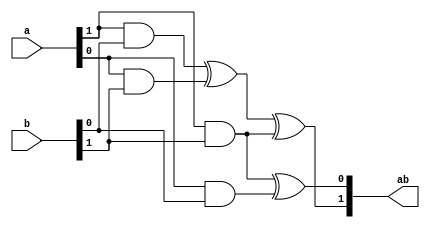
////////////////////////////////////////////////////////////////////////////////////////////////
//  This source is dedicated to the research paper enttled                                    //
//  "An 8-bit Serialized Architecture of SEED Block Cipher for Constrained Devices"           //
//  on IET Circuits, Devices & Systems journal                                                //
//  Institute: University of the Peloponnese                                                  //
//  Department: Electrical and Computer Engineering                                           //
//                                                                                            //
//  This source is distributed in the hope that it will be useful, but WITHOUT ANY WARRANTY.  //
////////////////////////////////////////////////////////////////////////////////////////////////

module GF2(
input [1:0] a,
input [1:0] b,
output [1:0] ab
);

assign ab[1] = (a[1]&b[0])^(a[0]&b[1])^(a[1]&b[1]);
assign ab[0] = (a[1]&b[1])^(a[0]&b[0]);
endmodule